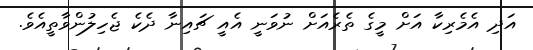
އަދި އެމެރިކާ އަށް މީގެ ތެރެއަށް ނުވަނީ އެއީ ޗައިނާ ދެކެ ޖެހިލުންވާތީއެވެ.